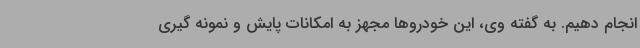
انجام دهیم. به گفته وی، این خودروها مجهز به امکانات پایش و نمونه گیری